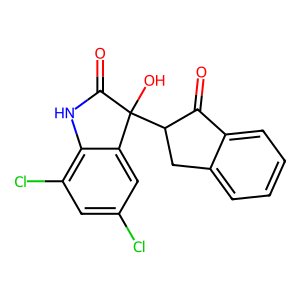
SMILES: O=C1c2ccccc2CC1C1(O)C(=O)Nc2c(Cl)cc(Cl)cc21
Inhibits HIV replication: No